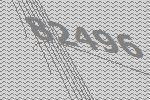
82496